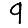
Digit: 9